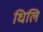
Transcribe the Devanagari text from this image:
धिलि